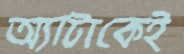
অ্যাটাকেই